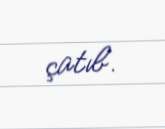
çatıb.